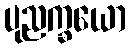
ပုညက္ခယော